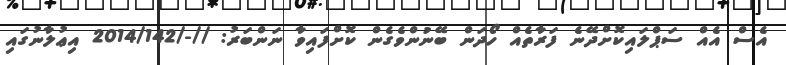
އެސް އެއް ސަޕްލައިކޮށްދޭނެ ފަރާތެއް ހޯދަން ބޭނުންވެގެން ކޮށްފައިވާ ނަންބަރު: //-/2014/142 އިޢުލާނުގައި